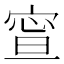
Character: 𡩉